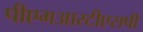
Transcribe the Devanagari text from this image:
पीएमआरटीएसपी